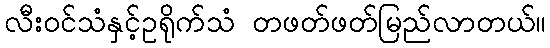
လီးဝင်သံနှင့်ဥရိုက်သံ တဖတ်ဖတ်မြည်လာတယ်။